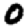
Digit: 0